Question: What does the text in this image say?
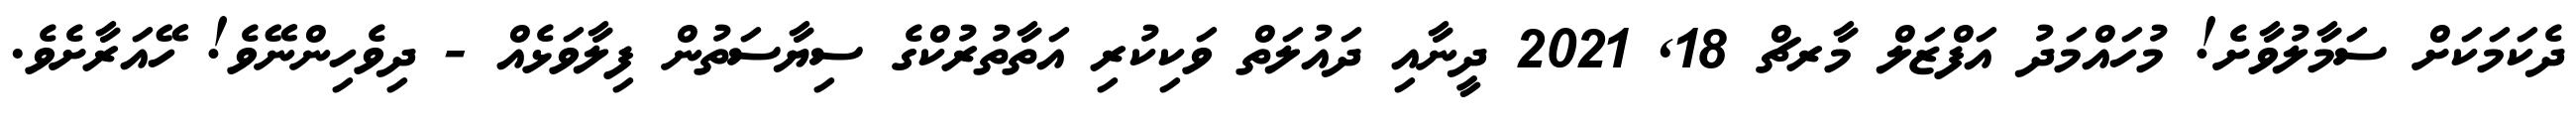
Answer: ދެކަމަކަށް ސަމާލުވާށެ! މުހައްމަދު އަފްޒަލް މާރޗް 18, 2021 ދީނާއި ދައުލަތް ވަކިކުރި އަތާތުރުކްގެ ސިޔާސަތުން ފިލާވަޅެއް - ދިވެހިންނޭވެ! ހޭއަރާށެވެ.